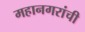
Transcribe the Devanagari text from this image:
महानगरांची